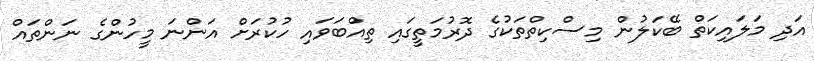
އަދި މަލައިކަތް ބޭކަލުން މިސްކިތްތަކުގެ ދޮރުމަތީގައި ތިއްބަވައި ހުކުރަށް އަންނަ މީހުންގެ ނަންތައް